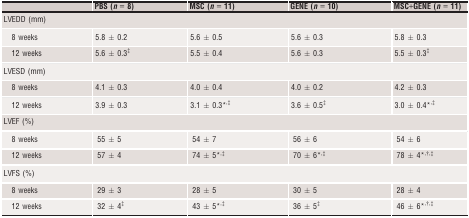
<table><thead><tr><td></td><td><b>PBS (<i>n</i> = 8)</b></td><td><b>MSC (<i>n</i> = 11)</b></td><td><b>GENE (<i>n</i> = 10)</b></td><td><b>MSC+GENE (<i>n</i> = 11)</b></td></tr></thead><tbody><tr><td colspan="5">LVEDD (mm)</td></tr><tr><td> 8 weeks</td><td>5.8 ± 0.2</td><td>5.6 ± 0.5</td><td>5.6 ± 0.3</td><td>5.8 ± 0.3</td></tr><tr><td> 12 weeks</td><td>5.6 ± 0.3‡</td><td>5.5 ± 0.4</td><td>5.6 ± 0.3</td><td>5.5 ± 0.3<sup>‡</sup></td></tr><tr><td colspan="5">LVESD (mm)</td></tr><tr><td> 8 weeks</td><td>4.1 ± 0.3</td><td>4.0 ± 0.4</td><td>4.0 ± 0.2</td><td>4.2 ± 0.3</td></tr><tr><td> 12 weeks</td><td>3.9 ± 0.3</td><td>3.1 ± 0.3*,‡</td><td>3.6 ± 0.5‡</td><td>3.0 ± 0.4*,‡</td></tr><tr><td colspan="5">LVEF (%)</td></tr><tr><td> 8 weeks</td><td>55 ± 5</td><td>54 ± 7</td><td>56 ± 6</td><td>54 ± 6</td></tr><tr><td> 12 weeks</td><td>57 ± 4</td><td>74 ± 5*,‡</td><td>70 ± 6*,‡</td><td>78 ± 4*,†,‡</td></tr><tr><td colspan="5">LVFS (%)</td></tr><tr><td> 8 weeks</td><td>29 ± 3</td><td>28 ± 5</td><td>30 ± 5</td><td>28 ± 4</td></tr><tr><td> 12 weeks</td><td>32 ± 4‡</td><td>43 ± 5*,‡</td><td>36 ± 5‡</td><td>46 ± 6*,†,‡</td></tr></tbody></table>